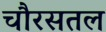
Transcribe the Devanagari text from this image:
चौरसतल